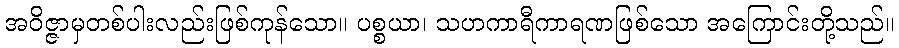
အဝိဇ္ဇာမှတစ်ပါးလည်းဖြစ်ကုန်သော။ ပစ္စယာ၊ သဟကာရီကာရဏဖြစ်သော အကြောင်းတို့သည်။